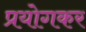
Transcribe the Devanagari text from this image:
प्रयोगकर